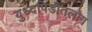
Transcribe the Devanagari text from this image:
युध्दपिडीतलोग